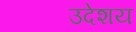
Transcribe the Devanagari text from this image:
उदेशय